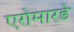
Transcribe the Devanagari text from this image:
एरोमारडे